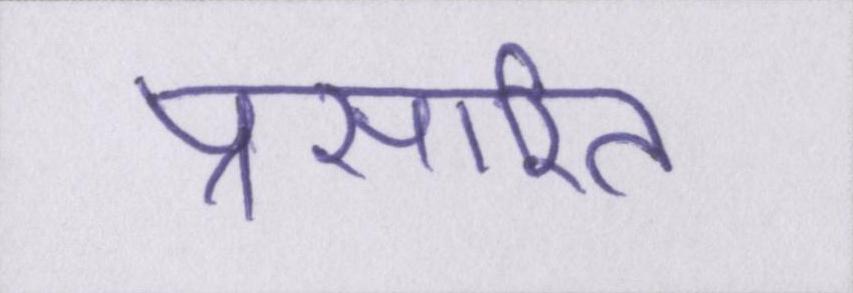
प्रसारित